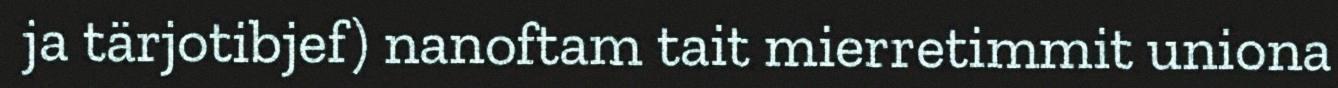
ja tärjotibjef) nanoftam tait mierretimmit uniona